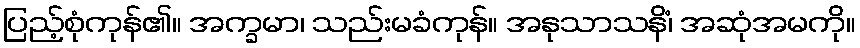
ပြည့်စုံကုန်၏။ အက္ခမာ၊ သည်းမခံကုန်။ အနုသာသနိံ၊ အဆုံအမကို။